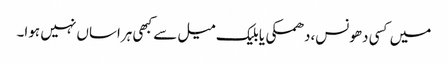
میں کسی دھونس،دھمکی یا بلیک میل سے کبھی ہراساں نہیں ہوا۔